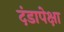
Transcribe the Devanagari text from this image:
दंडापेक्षा